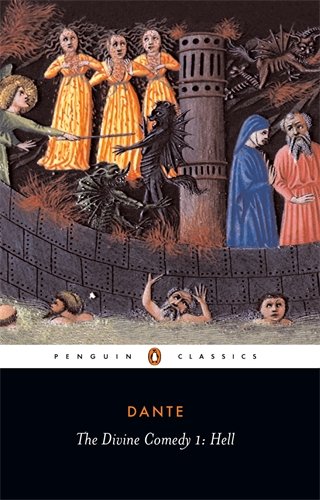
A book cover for The Divine Comedy, Part 1: Hell (Penguin Classics); Dante Alighieri; Literature & Fiction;